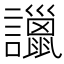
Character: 𧭞